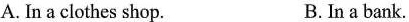
A. In a clothes shop. B. In a bank.